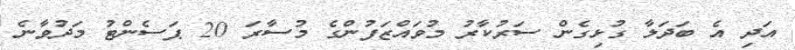
އަދި އެ ބަދަލާ ގުޅިގެން ސަރުކާރު މުވައްޒަފުންގެ މުސާރަ 20 ޕަސެންޓު މަދުވާނެ